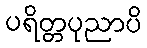
ပရိတ္တပုညာပိ